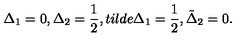
\Delta _ { 1 } = 0 , \Delta _ { 2 } = \frac { 1 } { 2 } , t i l d e \Delta _ { 1 } = \frac { 1 } { 2 } , \tilde { \Delta } _ { 2 } = 0 .